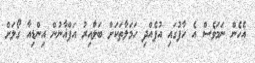
އެހެން ނަމަވެސް އެ ހާފުގައި އުފެއްދި ހަމަލާތަކަށް ބަލާައިރު އަފްޣާނުން އިންޑިއާ ގޯލަށް